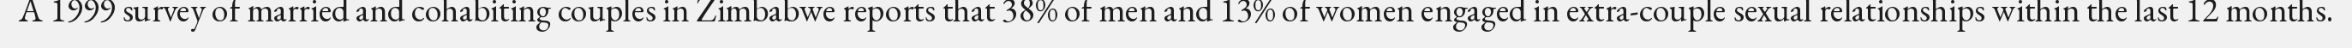
A 1999 survey of married and cohabiting couples in Zimbabwe reports that 38% of men and 13% of women engaged in extra-couple sexual relationships within the last 12 months.